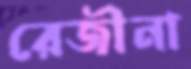
রেজীনা